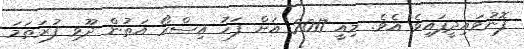
ފޮނުވައިދީފައިވެ އެވެ. މިއީ 2017 އަށް ފަހު އިސްރޯ އަތުން ދޫވި ފުރަތަމަ